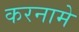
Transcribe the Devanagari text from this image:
करनामे